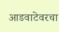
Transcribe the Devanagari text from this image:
आडवाटेवरचा